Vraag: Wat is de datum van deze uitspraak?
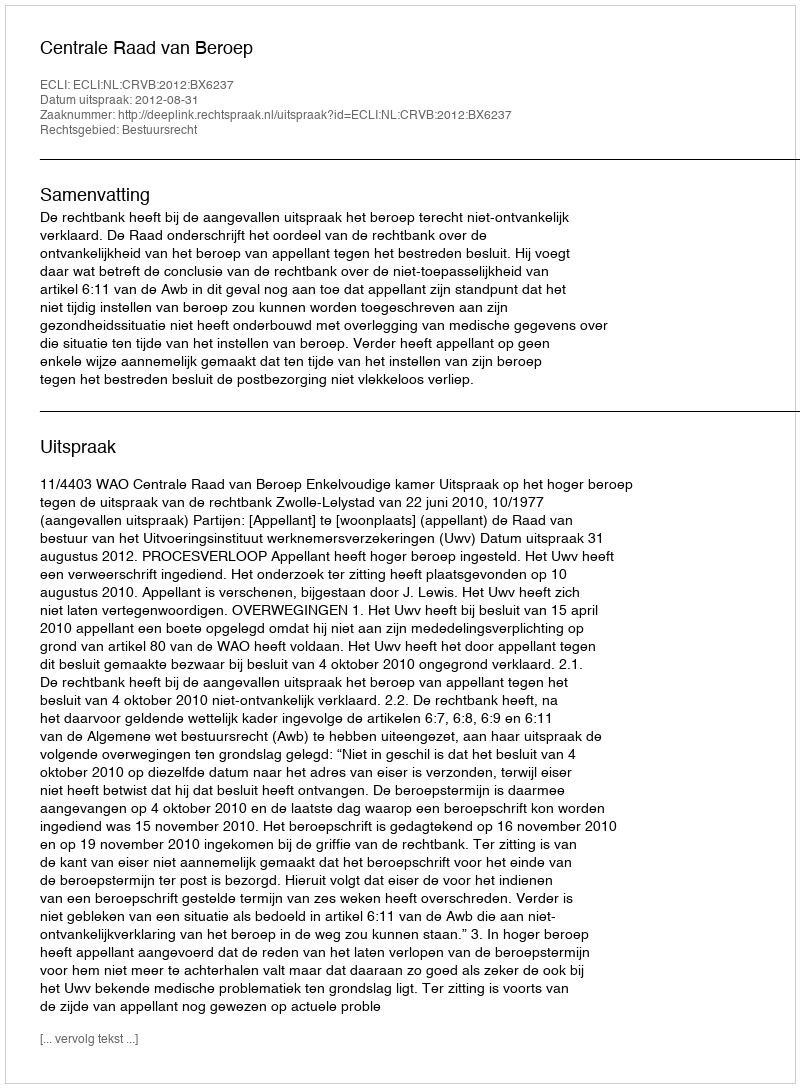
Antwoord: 2012-08-31